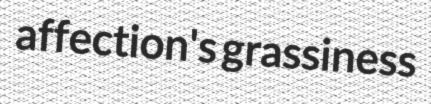
affection's grassiness